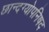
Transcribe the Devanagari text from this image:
छान्दग्योपनिषद